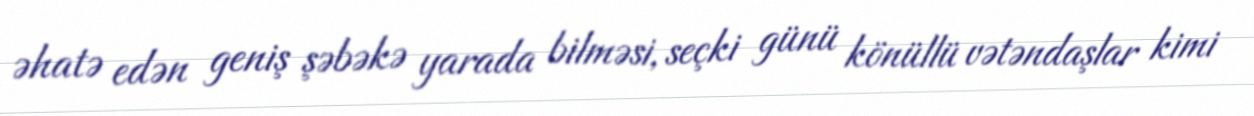
əhatə edən geniş şəbəkə yarada bilməsi, seçki günü könüllü vətəndaşlar kimi